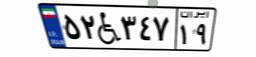
۵۲W۳۴۷۱۹